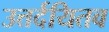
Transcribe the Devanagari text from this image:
उत्तर्दयितव